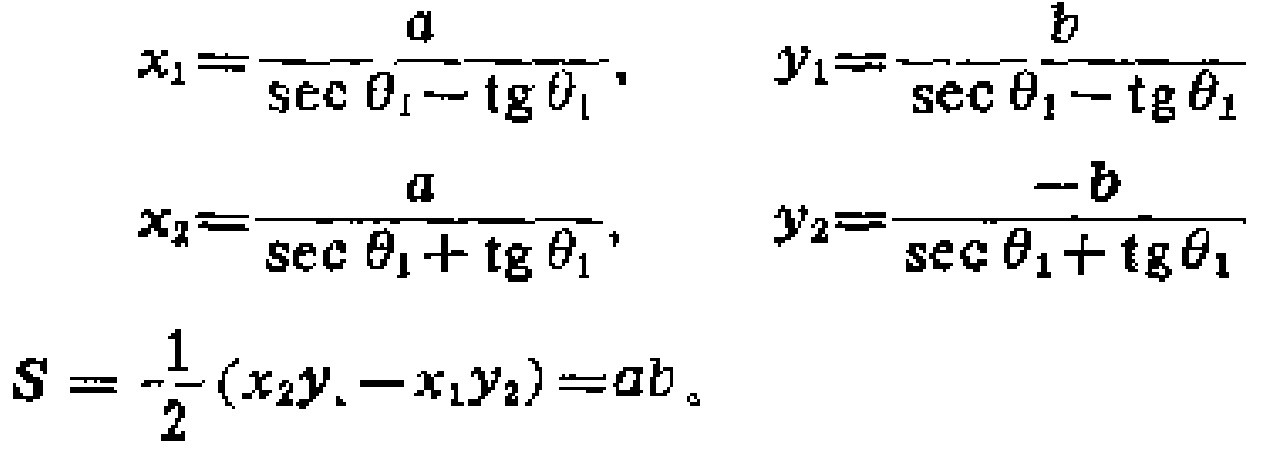
\[
\begin{align*}
x_1&=\frac{a}{\sec\theta_1 - \tg\theta_1},&y_1&=\frac{b}{\sec\theta_1 - \tg\theta_1}\\
x_2&=\frac{a}{\sec\theta_1 + \tg\theta_1},&y_2&=\frac{-b}{\sec\theta_1 + \tg\theta_1}\\
S&=\frac{1}{2}(x_2y_1 - x_1y_2)=ab
\end{align*}
\]